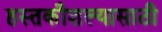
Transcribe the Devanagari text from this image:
हस्तकौशल्यासाठी